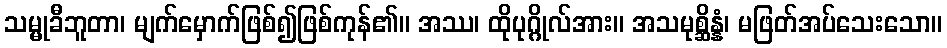
သမ္မုခီဘူတာ၊ မျက်မှောက်ဖြစ်၍ဖြစ်ကုန်၏။ အဿ၊ ထိုပုဂ္ဂိုလ်အား။ အသမုစ္ဆိန္နံ၊ မဖြတ်အပ်သေးသော။